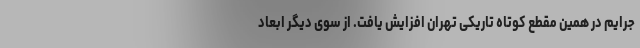
جرایم در همین مقطع کوتاه تاریکی تهران افزایش یافت. از سوی دیگر ابعاد